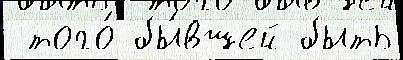
 того́ бы́вшей быть